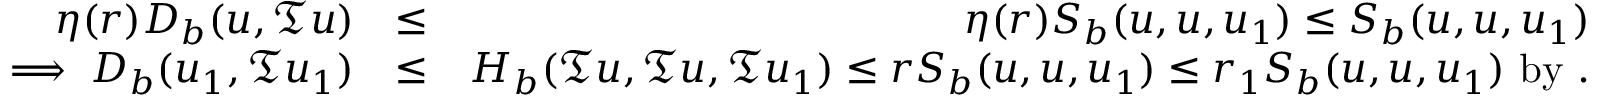
\begin{array} { r l r } { \eta ( r ) D _ { b } ( u , \mathfrak { T } u ) } & { \leq } & { \eta ( r ) S _ { b } ( u , u , u _ { 1 } ) \leq S _ { b } ( u , u , u _ { 1 } ) } \\ { \implies D _ { b } ( u _ { 1 } , \mathfrak { T } u _ { 1 } ) } & { \leq } & { H _ { b } ( \mathfrak { T } u , \mathfrak { T } u , \mathfrak { T } u _ { 1 } ) \leq r S _ { b } ( u , u , u _ { 1 } ) \leq r _ { 1 } S _ { b } ( u , u , u _ { 1 } ) ~ \mathrm { b y ~ } . } \end{array}